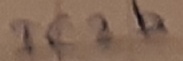
Text: IC2b